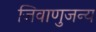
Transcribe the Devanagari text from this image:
जिवाणुजन्य